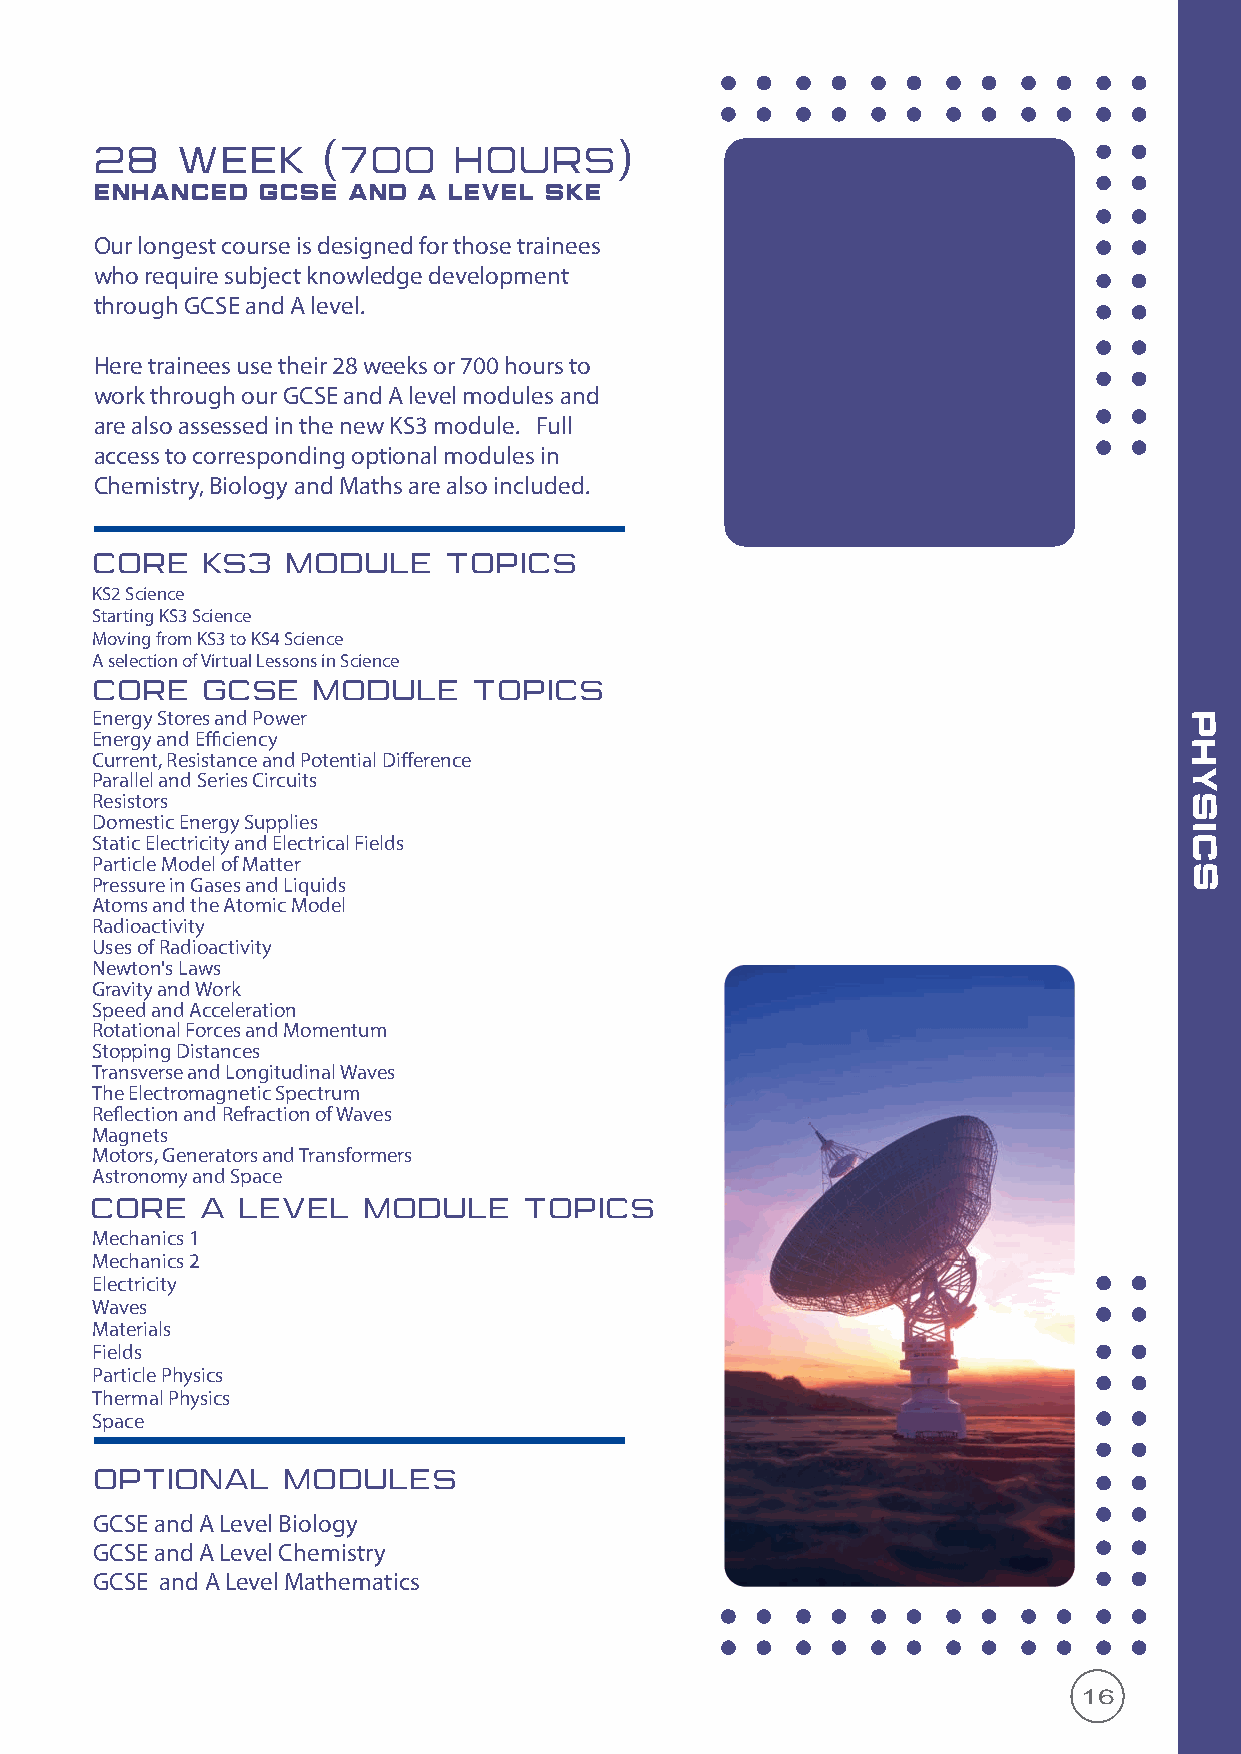
28    WEEK     (700     HOURS)
 enhanced   gcse  and  A LEVEL SKE
 Our longest course is designed for those trainees
 who require subject knowledge development
 through GCSE and A level.
 Here trainees use their 28 weeks or 700 hours to
 work through our GCSE and A level modules and
 are also assessed in the new KS3 module. Full
 access to corresponding optional modules in
 Chemistry, Biology and Maths are also included.
 CORE   KS3   MODULE    TOPICS
 KS2 Science
 Starting KS3 Science
 Moving from KS3 to KS4 Science
 A selection of Virtual Lessons in Science
 CORE   GCSE    MODULE    TOPICS
 Energy Stores and Power                                                 P
 Energy and Efficiency
 H
 Current, Resistance and Potential Difference
 Parallel and Series Circuits                                            Y
 Resistors                                                               S
 Domestic Energy Supplies
 I
 Static Electricity and Electrical Fields                                C
 Particle Model of Matter
 S
 Pressure in Gases and Liquids
 Atoms and the Atomic Model
 Radioactivity
 Uses of Radioactivity
 Newton's Laws
 Gravity and Work
 Speed and Acceleration
 Rotational Forces and Momentum
 Stopping Distances
 Transverse and Longitudinal Waves
 The Electromagnetic Spectrum
 Reflection and Refraction of Waves
 Magnets
 Motors, Generators and Transformers
 Astronomy and Space
 CORE   A  LEVEL   MODULE     TOPICS
 Mechanics 1
 Mechanics 2
 Electricity
 Waves
 Materials
 Fields
 Particle Physics
 Thermal Physics
 Space
 OPTIONAL     MODULES
 GCSE and A Level Biology
 GCSE and A Level Chemistry
 GCSE and A Level Mathematics
 16